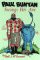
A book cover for Paul Bunyan Swings His Axe; Dell J. McCormick; Children's Books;